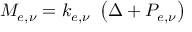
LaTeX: M _ { e , \nu } = k _ { e , \nu } \ \left( \Delta + P _ { e , \nu } \right)